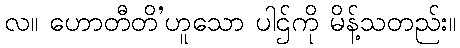
လ။ ဟောတီတိ’ဟူသော ပါဌ်ကို မိန့်သတည်း။